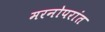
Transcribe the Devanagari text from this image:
मरनोपरांत